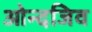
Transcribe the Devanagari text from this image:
ओन्दजिव